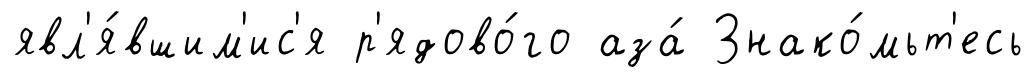
явл'я́вшим'ис'я р'ядово́го аза́ Знако́мьт'есь